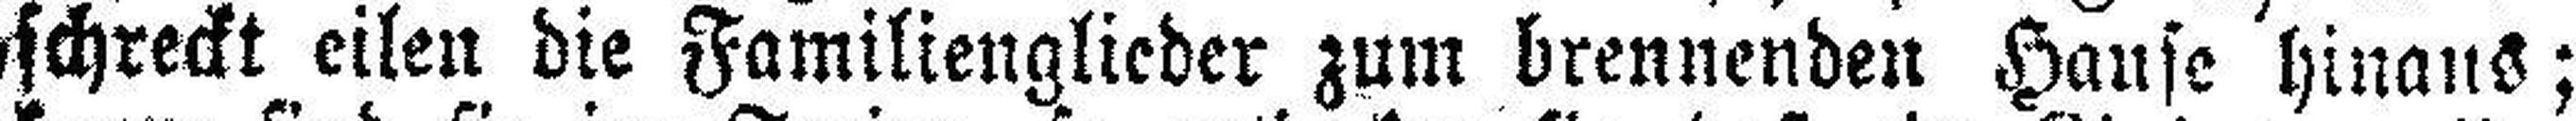
schreckt eilen die Familienglieder zum brennenden Hause hinaus;